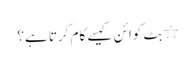
٭ بِٹ کوائن کیسے کام کرتا ہے؟